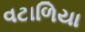
વટાળિયા